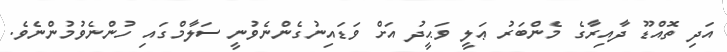
އަދި ތޮއްޑޫ ދާއިރާގެ މެންބަރު ޢަލީ ވަޙީދު އަށް ވަޑައިނުގެންނެވުނީ ސަލާމްގައި ހުންނެވުމުންނެވެ.